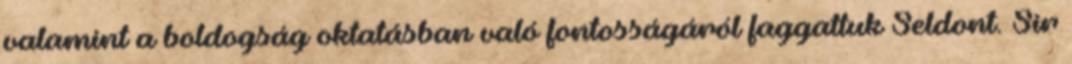
valamint a boldogság oktatásban való fontosságáról faggattuk Seldont. Sir